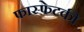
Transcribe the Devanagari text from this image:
फास्फेटकी